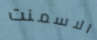
الاسمنت